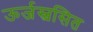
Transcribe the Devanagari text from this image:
ऊर्जस्वसित